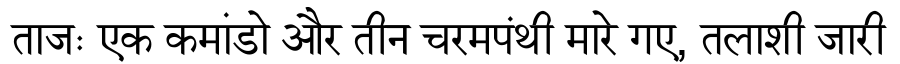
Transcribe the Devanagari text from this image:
ताजः एक कमांडो और तीन चरमपंथी मारे गए, तलाशी जारी